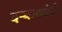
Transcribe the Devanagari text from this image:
दऱ्याखोरी